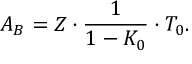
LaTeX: A _ { B } = Z \cdot \frac { 1 } { 1 - K _ { 0 } } \cdot T _ { 0 } .